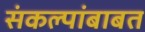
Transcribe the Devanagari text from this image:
संकल्पांबाबत